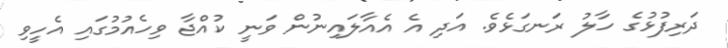
ދަރިފުޅުގެ ހާލު ރަނގަޅެވެ. އަދި އެ އެއާލައިނުން ވަނީ ކުއްޖާ ވިހެއުމުގައި އެހީވި